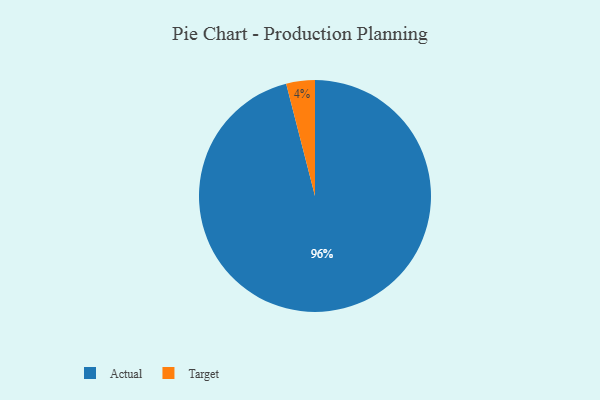
{"axis": {"x": "Category", "y": "Percentage"}, "legend": ["Actual", "Target"], "data": [{"x": "Actual", "y": 96, "type": "Actual"}, {"x": "Target", "y": 4, "type": "Target"}]}